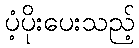
ပံ့ပိုးပေးသည့်